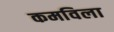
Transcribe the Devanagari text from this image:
कमविला